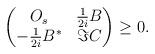
LaTeX: \begin{align*}\begin{pmatrix} O_s & \frac{1}{2i} B \\ -\frac{1}{2i} B^* & \Im C\end{pmatrix} \geq 0.\end{align*}